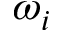
\omega _ { i }